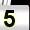
Digit: 5